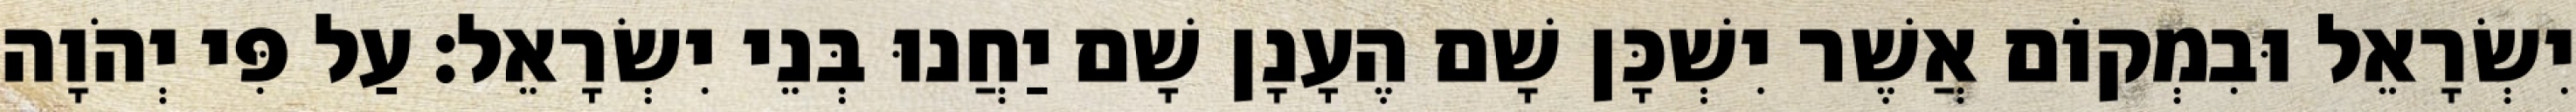
יִשְׂרָאֵל וּבִמְקוֹם אֲשֶׁר יִשְׁכָּן שָׁם הֶעָנָן שָׁם יַחֲנוּ בְּנֵי יִשְׂרָאֵל׃ עַל פִּי יְהֹוָה